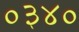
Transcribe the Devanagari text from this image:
०३४०